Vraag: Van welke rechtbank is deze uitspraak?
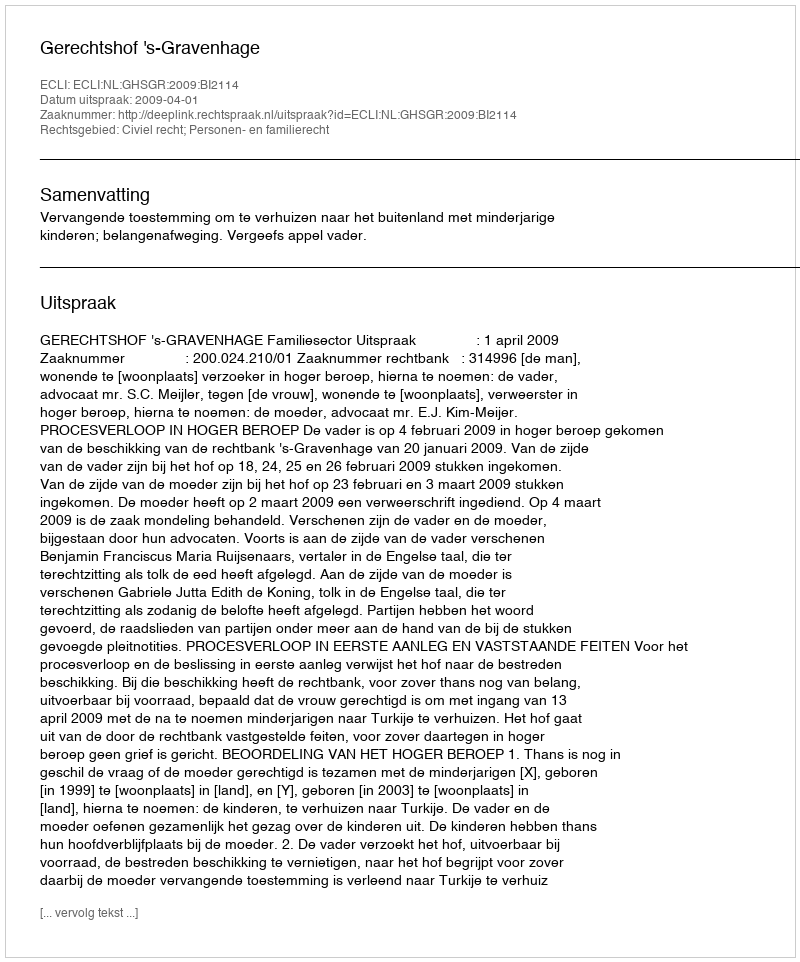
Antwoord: Gerechtshof 's-Gravenhage